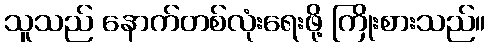
သူသည် နောက်တစ်လုံးရေးဖို့ ကြိုးစားသည်။